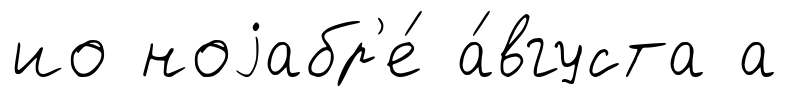
ио ноjабр'е́ а́вгуста а